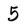
Character: 5